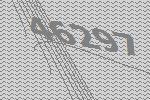
46297